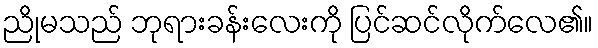
ညိုမသည် ဘုရားခန်းလေးကို ပြင်ဆင်လိုက်လေ၏။